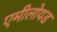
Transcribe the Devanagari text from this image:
एमीलोयड